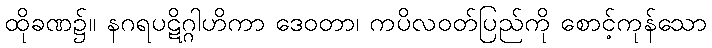
ထိုခဏ၌။ နဂရပဋိဂ္ဂါဟိကာ ဒေဝတာ၊ ကပိလဝတ်ပြည်ကို စောင့်ကုန်သော